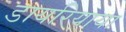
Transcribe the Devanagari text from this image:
डायरियाया